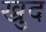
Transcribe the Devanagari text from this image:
ख्रुद